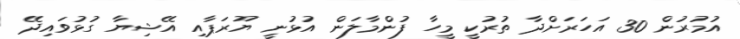
އުމުރުން 30 އަހަރަށްދާ ތުރުކީ މީހާ ފުންމާލަން އުޅުނީ ޔޫރަޕާއި އޭޝިޔާ ގުޅުވައިދޭ